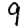
Digit: 9